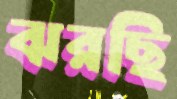
ঝরছি